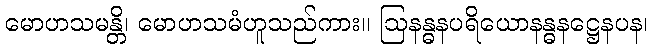
မောဟသမန္တိ၊ မောဟသမံဟူသည်ကား။ ဩနန္ဓနပရိယောနန္ဓနဋ္ဌေနပန၊